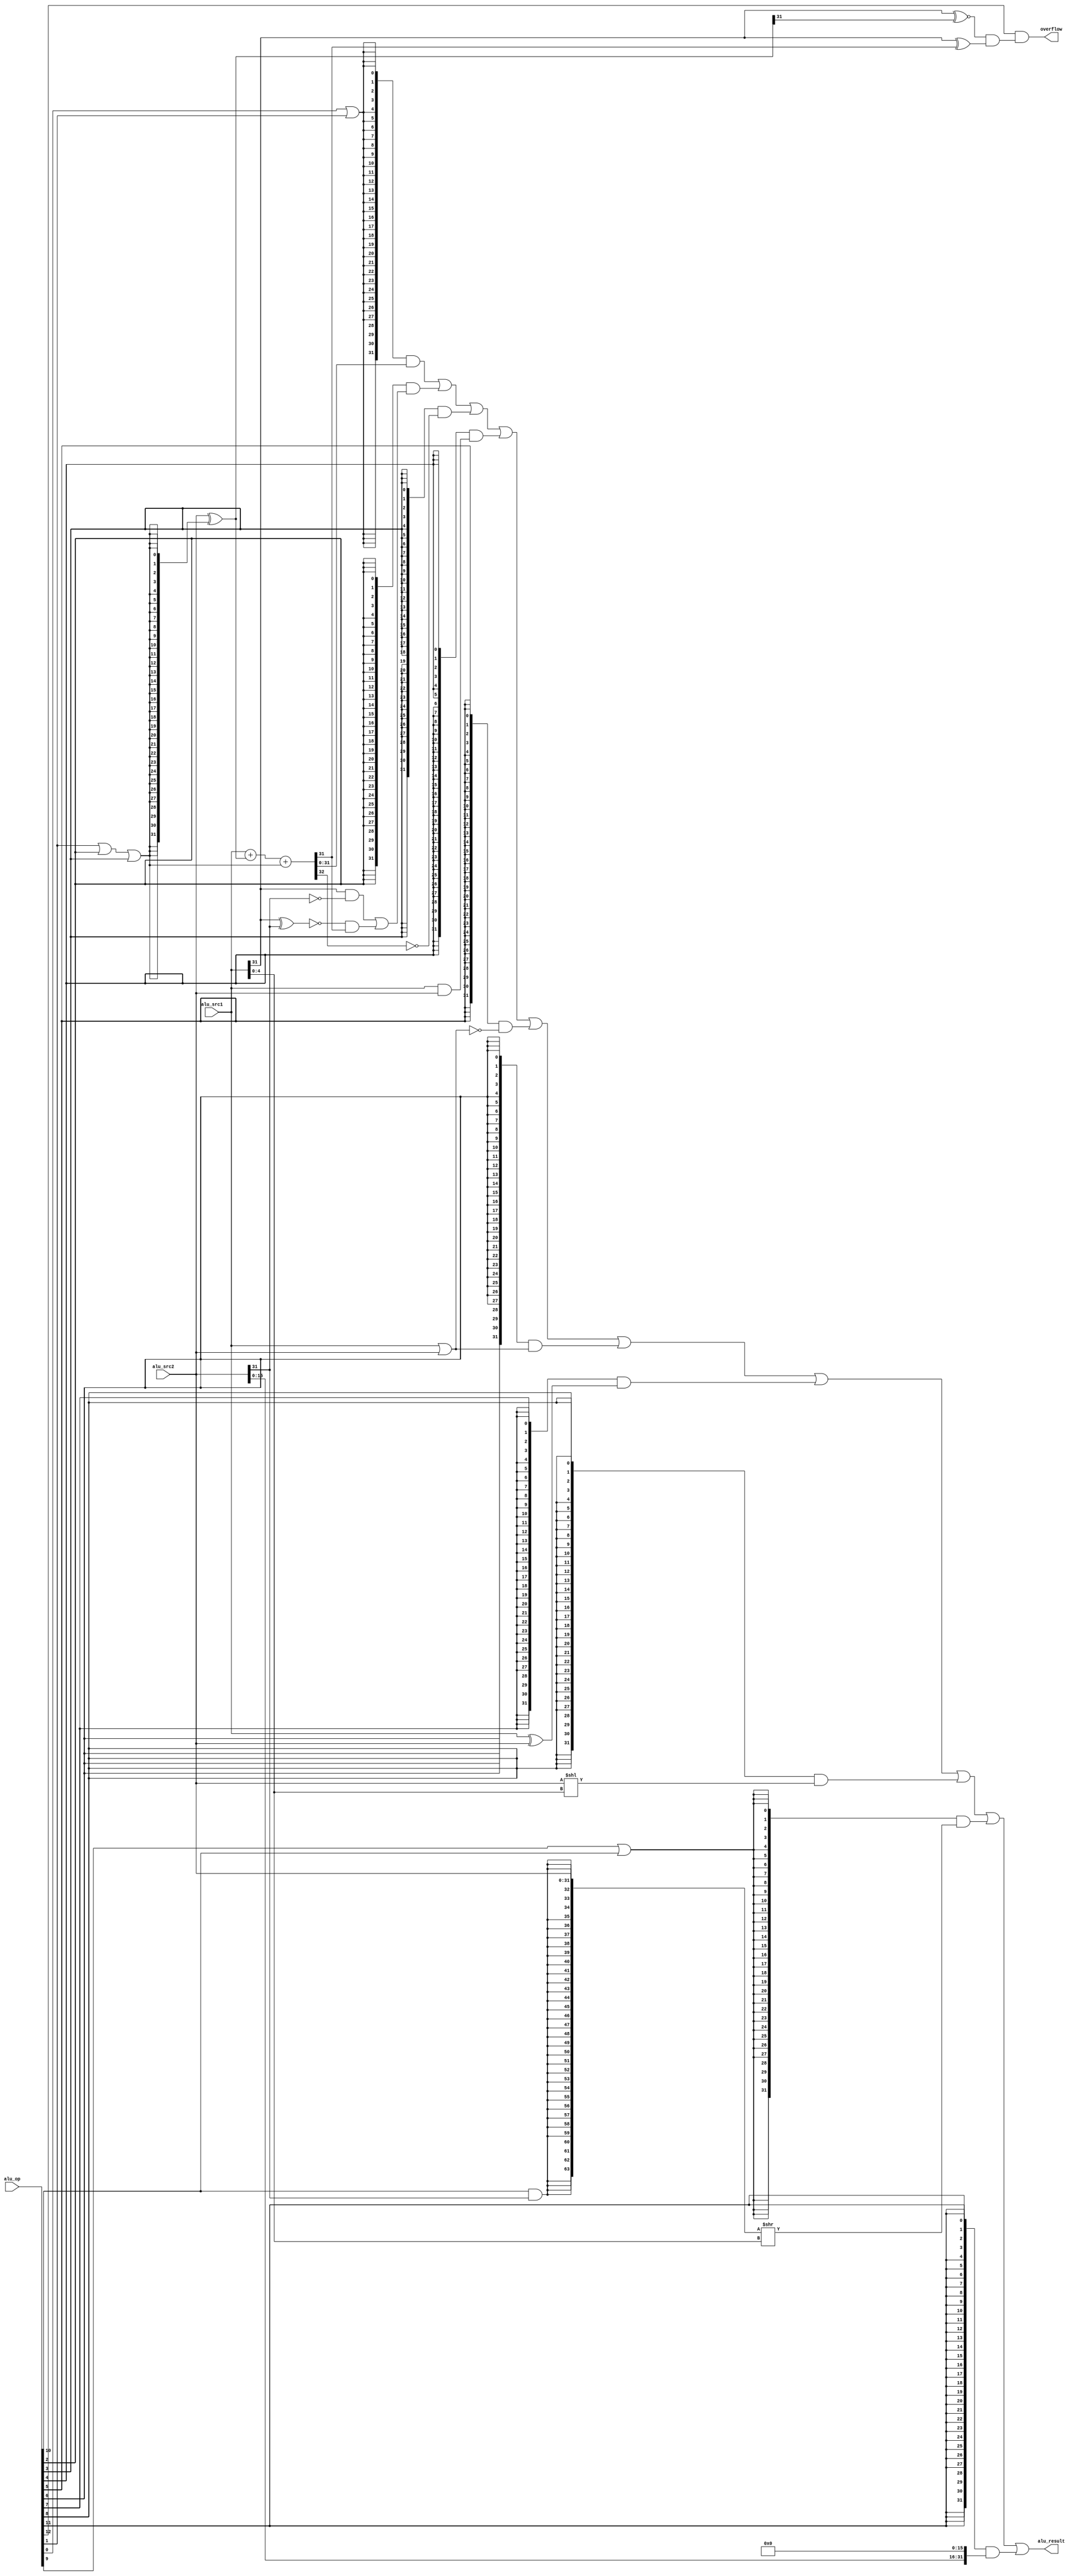
module alu(   
    input  [12:0] alu_op,   
    input  [31:0] alu_src1,   
    input  [31:0] alu_src2,   
    output [31:0] alu_result,
    output        overflow
     ); 
    wire op_add;   
    wire op_sub;
    wire op_slt;
    wire op_sltu;
    wire op_and;
    wire op_nor;
    wire op_or;
    wire op_xor;
    wire op_sll;
    wire op_srl;
    wire op_sra;
    wire op_lui;

assign op_add  = alu_op[ 0]; 
assign op_sub  = alu_op[ 1]; 
assign op_slt  = alu_op[ 2]; 
assign op_sltu = alu_op[ 3]; 
assign op_and  = alu_op[ 4]; 
assign op_nor  = alu_op[ 5]; 
assign op_or   = alu_op[ 6]; 
assign op_xor  = alu_op[ 7]; 
assign op_sll  = alu_op[ 8]; 
assign op_srl  = alu_op[ 9]; 
assign op_sra  = alu_op[10]; 
assign op_lui  = alu_op[11]; 
assign op_ov   = alu_op[12]; 
 
wire [31:0] add_sub_result;  
wire [31:0] slt_result;  
wire [31:0] sltu_result; 
wire [31:0] and_result; 
wire [31:0] nor_result; 
wire [31:0] or_result; 
wire [31:0] xor_result; 
wire [31:0] sll_result;  
wire [63:0] sr64_result; 
wire [31:0] sr_result;  
wire [31:0] lui_result;  
 
assign and_result = alu_src1 & alu_src2; 
assign or_result  = alu_src1 | alu_src2; 
assign nor_result = ~or_result; 
assign xor_result = alu_src1 ^ alu_src2; 
assign lui_result = {alu_src2[15:0], 16'b0}; 
 
wire [31:0] adder_a; 
wire [31:0] adder_b; 
wire        adder_cin; 
wire [31:0] adder_result; 
wire        adder_cout; 
assign adder_a   = alu_src1; 
assign adder_b   = alu_src2 ^ {32{op_sub | op_slt | op_sltu}}; 
assign adder_cin = op_sub | op_slt | op_sltu; 
assign {adder_cout, adder_result} = adder_a + adder_b + adder_cin; 
 
assign add_sub_result = adder_result; 
assign slt_result[31:1] = 31'b0; 
assign slt_result[0]    = (alu_src1[31] & ~alu_src2[31])                         
                        | (~(alu_src1[31]^alu_src2[31]) & adder_result[31]); 
 
assign sltu_result[31:1] = 31'b0; 
assign sltu_result[0]    = ~adder_cout; 
 
assign sll_result = alu_src2 << alu_src1[4:0]; 
 
assign sr64_result = {{32{op_sra&alu_src2[31]}}, alu_src2[31:0]}>>alu_src1[4:0]; 
assign sr_result   = sr64_result[31:0]; 
 
assign alu_result = ({32{op_add|op_sub }} & add_sub_result)                   
                    | ({32{op_slt        }} & slt_result)                   
                    | ({32{op_sltu       }} & sltu_result)                   
                    | ({32{op_and        }} & and_result)                   
                    | ({32{op_nor        }} & nor_result)                   
                    | ({32{op_or         }} & or_result)                   
                    | ({32{op_xor        }} & xor_result)                   
                    | ({32{op_sll        }} & sll_result)                   
                    | ({32{op_srl|op_sra }} & sr_result)                   
                    | ({32{op_lui        }} & lui_result); 

assign overflow = op_ov && ((adder_a[31]^~adder_b[31]) && (adder_a[31]^adder_result[31]));

                    
endmodule